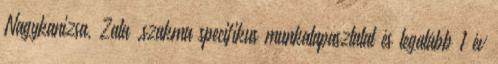
Nagykanizsa, Zala .szakma specifikus munkatapasztalat és legalább 1 év